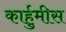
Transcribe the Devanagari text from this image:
कार्हुमीस